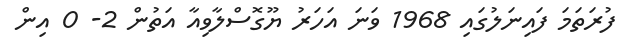
ފުރަތަމަ ފައިނަލުގައި 1968 ވަނަ އަހަރު ޔޫގޮސްލާވިއާ އަތުން 2- 0 އިން